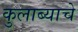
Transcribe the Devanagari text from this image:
कुलाब्याचे